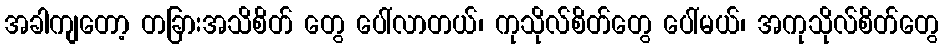
အခါကျတော့ တခြားအသိစိတ် တွေ ပေါ်လာတယ်၊ ကုသိုလ်စိတ်တွေ ပေါ်မယ်၊ အကုသိုလ်စိတ်တွေ